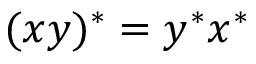
( x y ) ^ { * } = y ^ { * } x ^ { * }